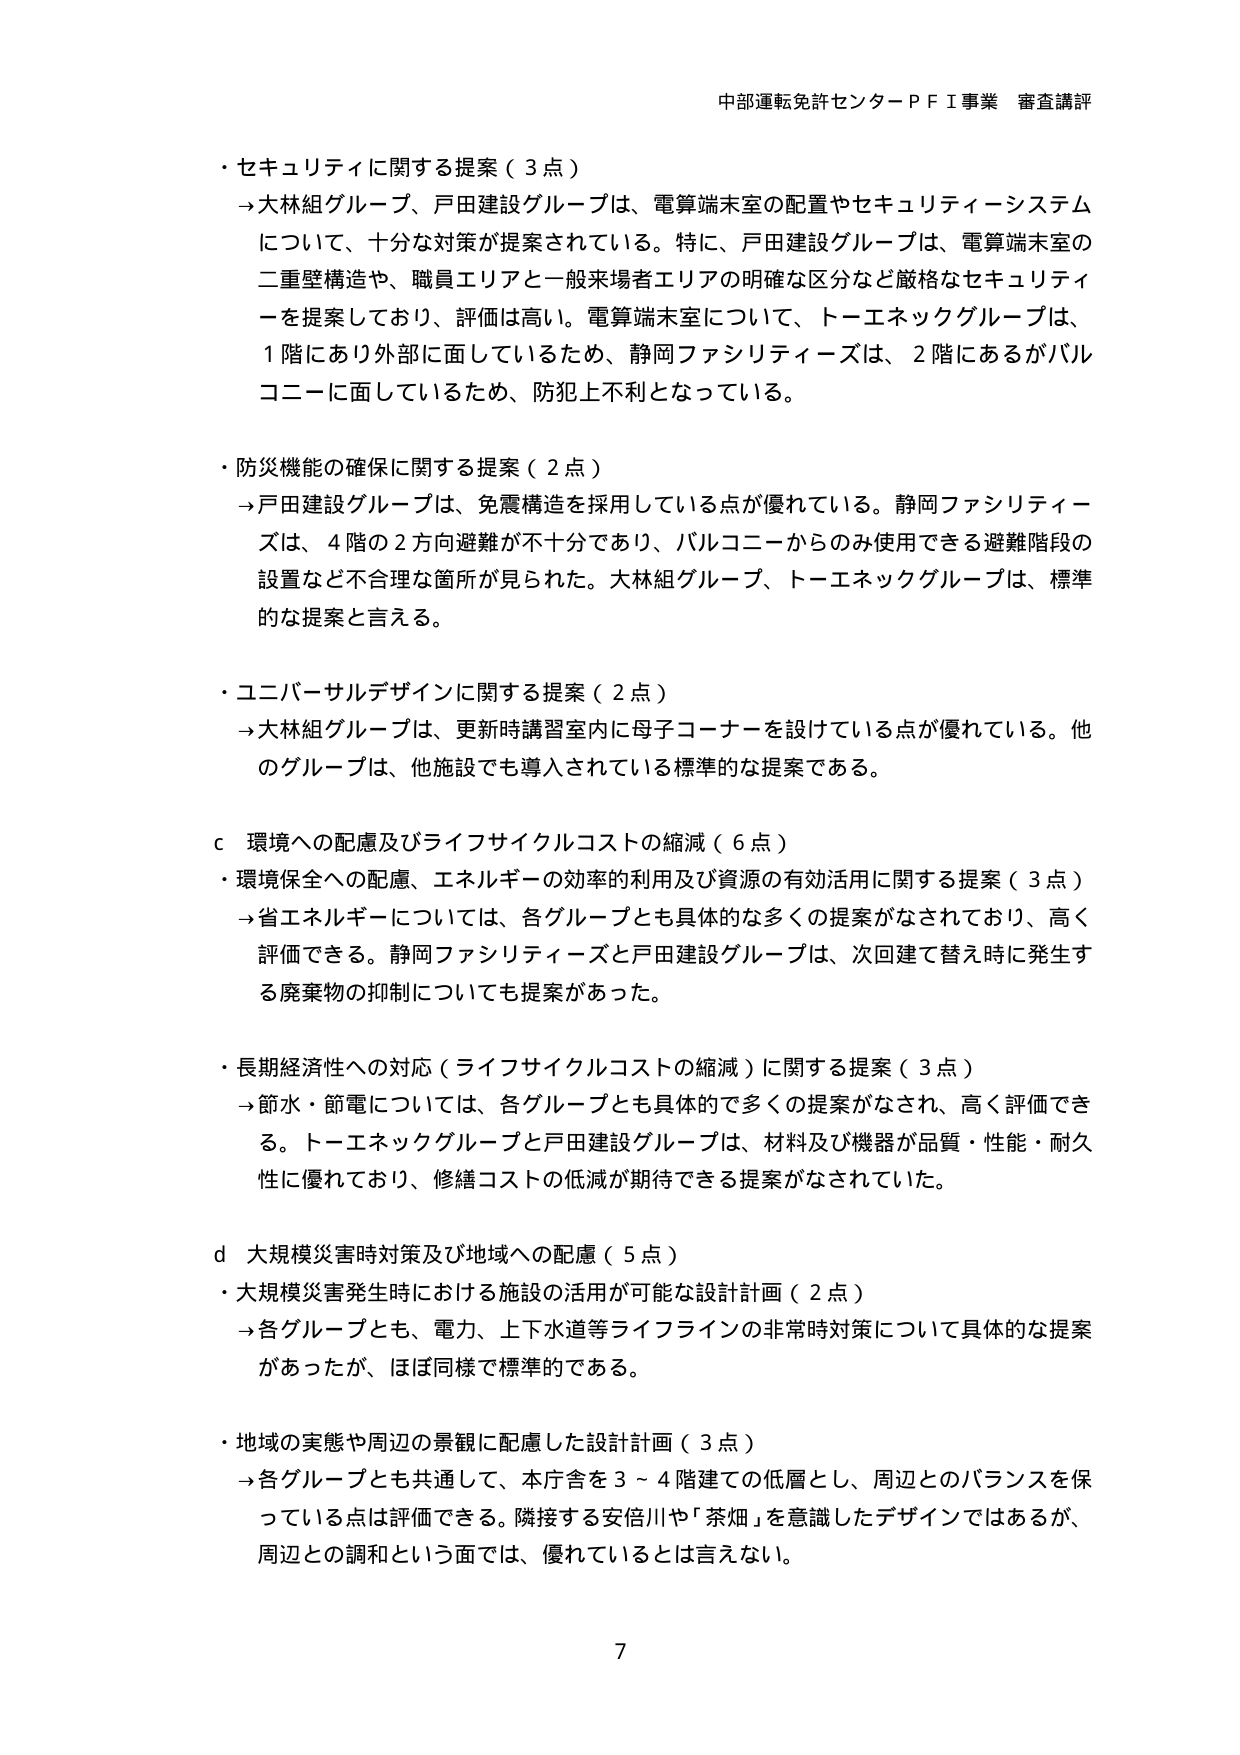
中部運転免許センターＰＦＩ事業 審査講評

・セキュリティに関する提案（３点）
→大林組グループ、戸田建設グループは、電算端末室の配置やセキュリティーシステム
について、十分な対策が提案されている。特に、戸田建設グループは、電算端末室の
二重壁構造や、職員エリアと一般来場者エリアの明確な区分など厳格なセキュリティ
ーを提案しており、評価は高い。電算端末室について、トーエネックグループは、
１階にあり外部に面しているため、静岡ファシリティーズは、２階にあるがバル
コニーに面しているため、防犯上不利となっている。

・防災機能の確保に関する提案（２点）
→戸田建設グループは、免震構造を採用している点が優れている。静岡ファシリティー
ズは、４階の２方向避難が不十分であり、バルコニーからのみ使用できる避難階段の
設置など不合理な箇所が見られた。大林組グループ、トーエネックグループは、標準
的な提案と言える。

・ユニバーサルデザインに関する提案（２点）
→大林組グループは、更新時講習室内に母子コーナーを設けている点が優れている。他
のグループは、他施設でも導入されている標準的な提案である。

ｃ 環境への配慮及びライフサイクルコストの縮減（６点）
・環境保全への配慮、エネルギーの効率的利用及び資源の有効活用に関する提案（３点）
→省エネルギーについては、各グループとも具体的な多くの提案がなされており、高く
評価できる。静岡ファシリティーズと戸田建設グループは、次回建て替え時に発生す
る廃棄物の抑制についても提案があった。

・長期経済性への対応（ライフサイクルコストの縮減）に関する提案（３点）
→節水・節電については、各グループとも具体的で多くの提案がなされ、高く評価でき
る。トーエネックグループと戸田建設グループは、材料及び機器が品質・性能・耐久
性に優れており、修繕コストの低減が期待できる提案がなされていた。

ｄ 大規模災害時対策及び地域への配慮（５点）
・大規模災害発生時における施設の活用が可能な設計計画（２点）
→各グループとも、電力、上下水道等ライフラインの非常時対策について具体的な提案
があったが、ほぼ同様で標準的である。

・地域の実態や周辺の景観に配慮した設計計画（３点）
→各グループとも共通して、本庁舎を３～４階建ての低層とし、周辺とのバランスを保
っている点は評価できる。隣接する安倍川や「茶畑」を意識したデザインではあるが、
周辺との調和という面では、優れているとは言えない。

7